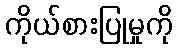
ကိုယ်စားပြုမှုကို